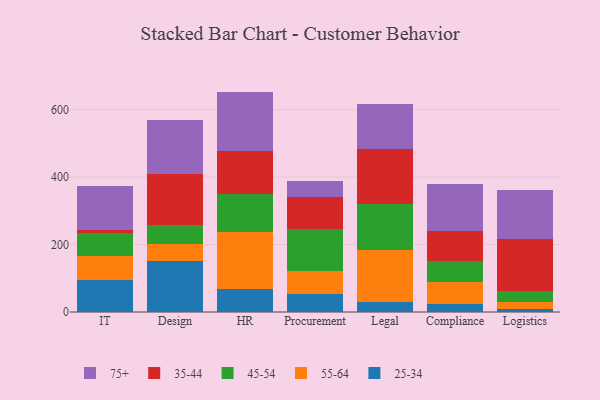
{"axis": {"x": "Department", "y": "Bounce Rate (%)"}, "legend": ["25-34", "35-44", "45-54", "55-64", "75+"], "data": [{"x": "IT", "y": 96.2, "type": "25-34"}, {"x": "IT", "y": 69.3, "type": "55-64"}, {"x": "IT", "y": 69.9, "type": "45-54"}, {"x": "IT", "y": 8.7, "type": "35-44"}, {"x": "IT", "y": 130.2, "type": "75+"}, {"x": "Design", "y": 150.6, "type": "25-34"}, {"x": "Design", "y": 50.1, "type": "55-64"}, {"x": "Design", "y": 57.8, "type": "45-54"}, {"x": "Design", "y": 150.5, "type": "35-44"}, {"x": "Design", "y": 158.5, "type": "75+"}, {"x": "HR", "y": 69.0, "type": "25-34"}, {"x": "HR", "y": 167.0, "type": "55-64"}, {"x": "HR", "y": 114.5, "type": "45-54"}, {"x": "HR", "y": 127.1, "type": "35-44"}, {"x": "HR", "y": 175.5, "type": "75+"}, {"x": "Procurement", "y": 54.0, "type": "25-34"}, {"x": "Procurement", "y": 66.9, "type": "55-64"}, {"x": "Procurement", "y": 123.6, "type": "45-54"}, {"x": "Procurement", "y": 97.0, "type": "35-44"}, {"x": "Procurement", "y": 46.4, "type": "75+"}, {"x": "Legal", "y": 30.8, "type": "25-34"}, {"x": "Legal", "y": 152.6, "type": "55-64"}, {"x": "Legal", "y": 137.8, "type": "45-54"}, {"x": "Legal", "y": 160.8, "type": "35-44"}, {"x": "Legal", "y": 133.7, "type": "75+"}, {"x": "Compliance", "y": 24.7, "type": "25-34"}, {"x": "Compliance", "y": 63.7, "type": "55-64"}, {"x": "Compliance", "y": 62.2, "type": "45-54"}, {"x": "Compliance", "y": 90.5, "type": "35-44"}, {"x": "Compliance", "y": 138.8, "type": "75+"}, {"x": "Logistics", "y": 9.6, "type": "25-34"}, {"x": "Logistics", "y": 21.3, "type": "55-64"}, {"x": "Logistics", "y": 30.6, "type": "45-54"}, {"x": "Logistics", "y": 154.8, "type": "35-44"}, {"x": "Logistics", "y": 145.5, "type": "75+"}]}